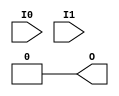
module LUT2(output O, input I0, I1);
  parameter [3:0] INIT = 0;
  wire [ 1: 0] s1 = I1 ? INIT[ 3: 2] : INIT[ 1: 0];
  assign O = I0 ? s1[1] : s1[0];
  specify
    (I0 => O) = 238;
    (I1 => O) = 127;
  endspecify
endmodule